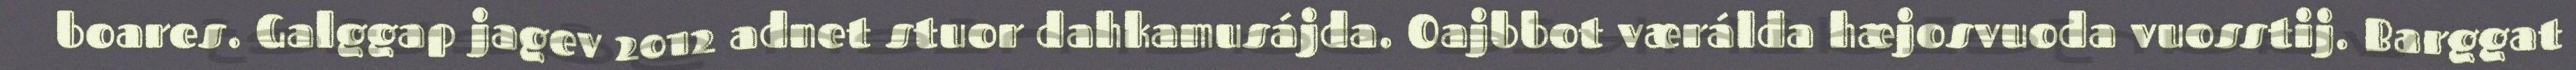
boares. Galggap jagev 2012 adnet stuor dahkamusájda. Oajbbot værálda hæjosvuoda vuosstij. Barggat